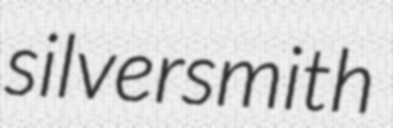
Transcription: silversmith